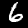
Digit: 6